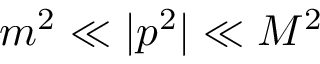
m ^ { 2 } \ll | p ^ { 2 } | \ll M ^ { 2 }